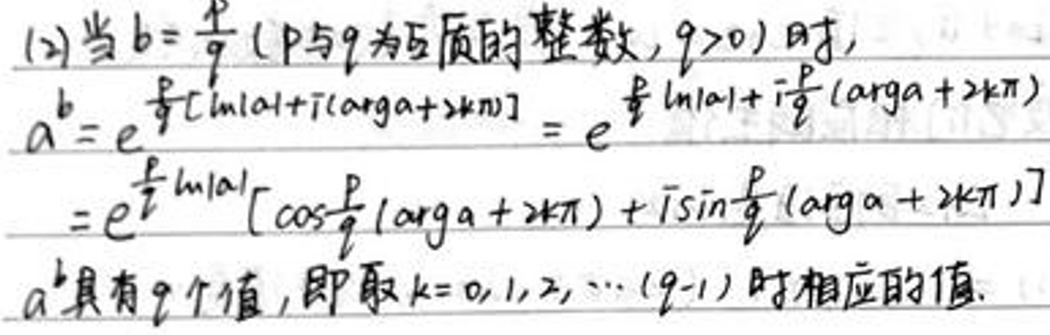
(2) 当$b = \frac{p}{q}$（$p$与$q$为互质的整数，$q > 0$）时，
\[
\begin{align*}
a^{b}&=e^{\frac{p}{q}[\ln|a|+i(\arg a + 2k\pi)]}=e^{\frac{p}{q}\ln|a|+i\frac{p}{q}(\arg a + 2k\pi)}\\
&=e^{\frac{p}{q}\ln|a|}[\cos\frac{p}{q}(\arg a + 2k\pi)+i\sin\frac{p}{q}(\arg a + 2k\pi)]
\end{align*}
\]
$a^{b}$具有$q$个值，即取$k = 0,1,2,\cdots(q - 1)$时相应的值.